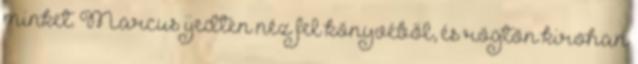
minket. Marcus ijedten néz fel könyvéből, és rögtön kirohan